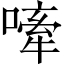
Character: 𫫣